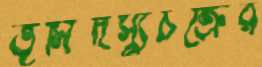
ভূমিদস্যুচক্রের